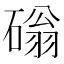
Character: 𥕀